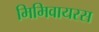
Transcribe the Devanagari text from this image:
मिमिवायरस